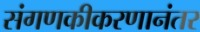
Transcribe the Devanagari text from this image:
संगणकीकरणानंतर